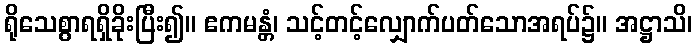
ရိုသေစွာရရှိခိုးပြီး၍။ ဧကမန္တံ၊ သင့်တင့်လျှောက်ပတ်သောအရပ်၌။ အဋ္ဌာသိ၊